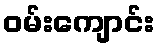
ဝမ်းကျောင်း